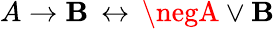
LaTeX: A\to\mathbf{B}\, \leftrightarrow\, \negA\lor\mathbf{B}